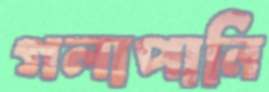
গলাপানি